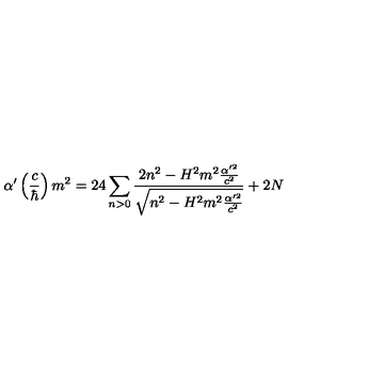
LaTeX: \alpha ^ { \prime } \left( \frac { c } { \hbar } \right) m ^ { 2 } = 2 4 \sum _ { n > 0 } \frac { 2 n ^ { 2 } - H ^ { 2 } m ^ { 2 } \frac { \alpha ^ { \prime 2 } } { c ^ { 2 } } } { \sqrt { n ^ { 2 } - H ^ { 2 } m ^ { 2 } \frac { \alpha ^ { \prime 2 } } { c ^ { 2 } } } } + 2 N